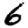
Digit: 6